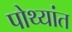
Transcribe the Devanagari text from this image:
पोथ्यांत